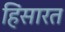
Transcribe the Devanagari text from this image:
हिंसारत